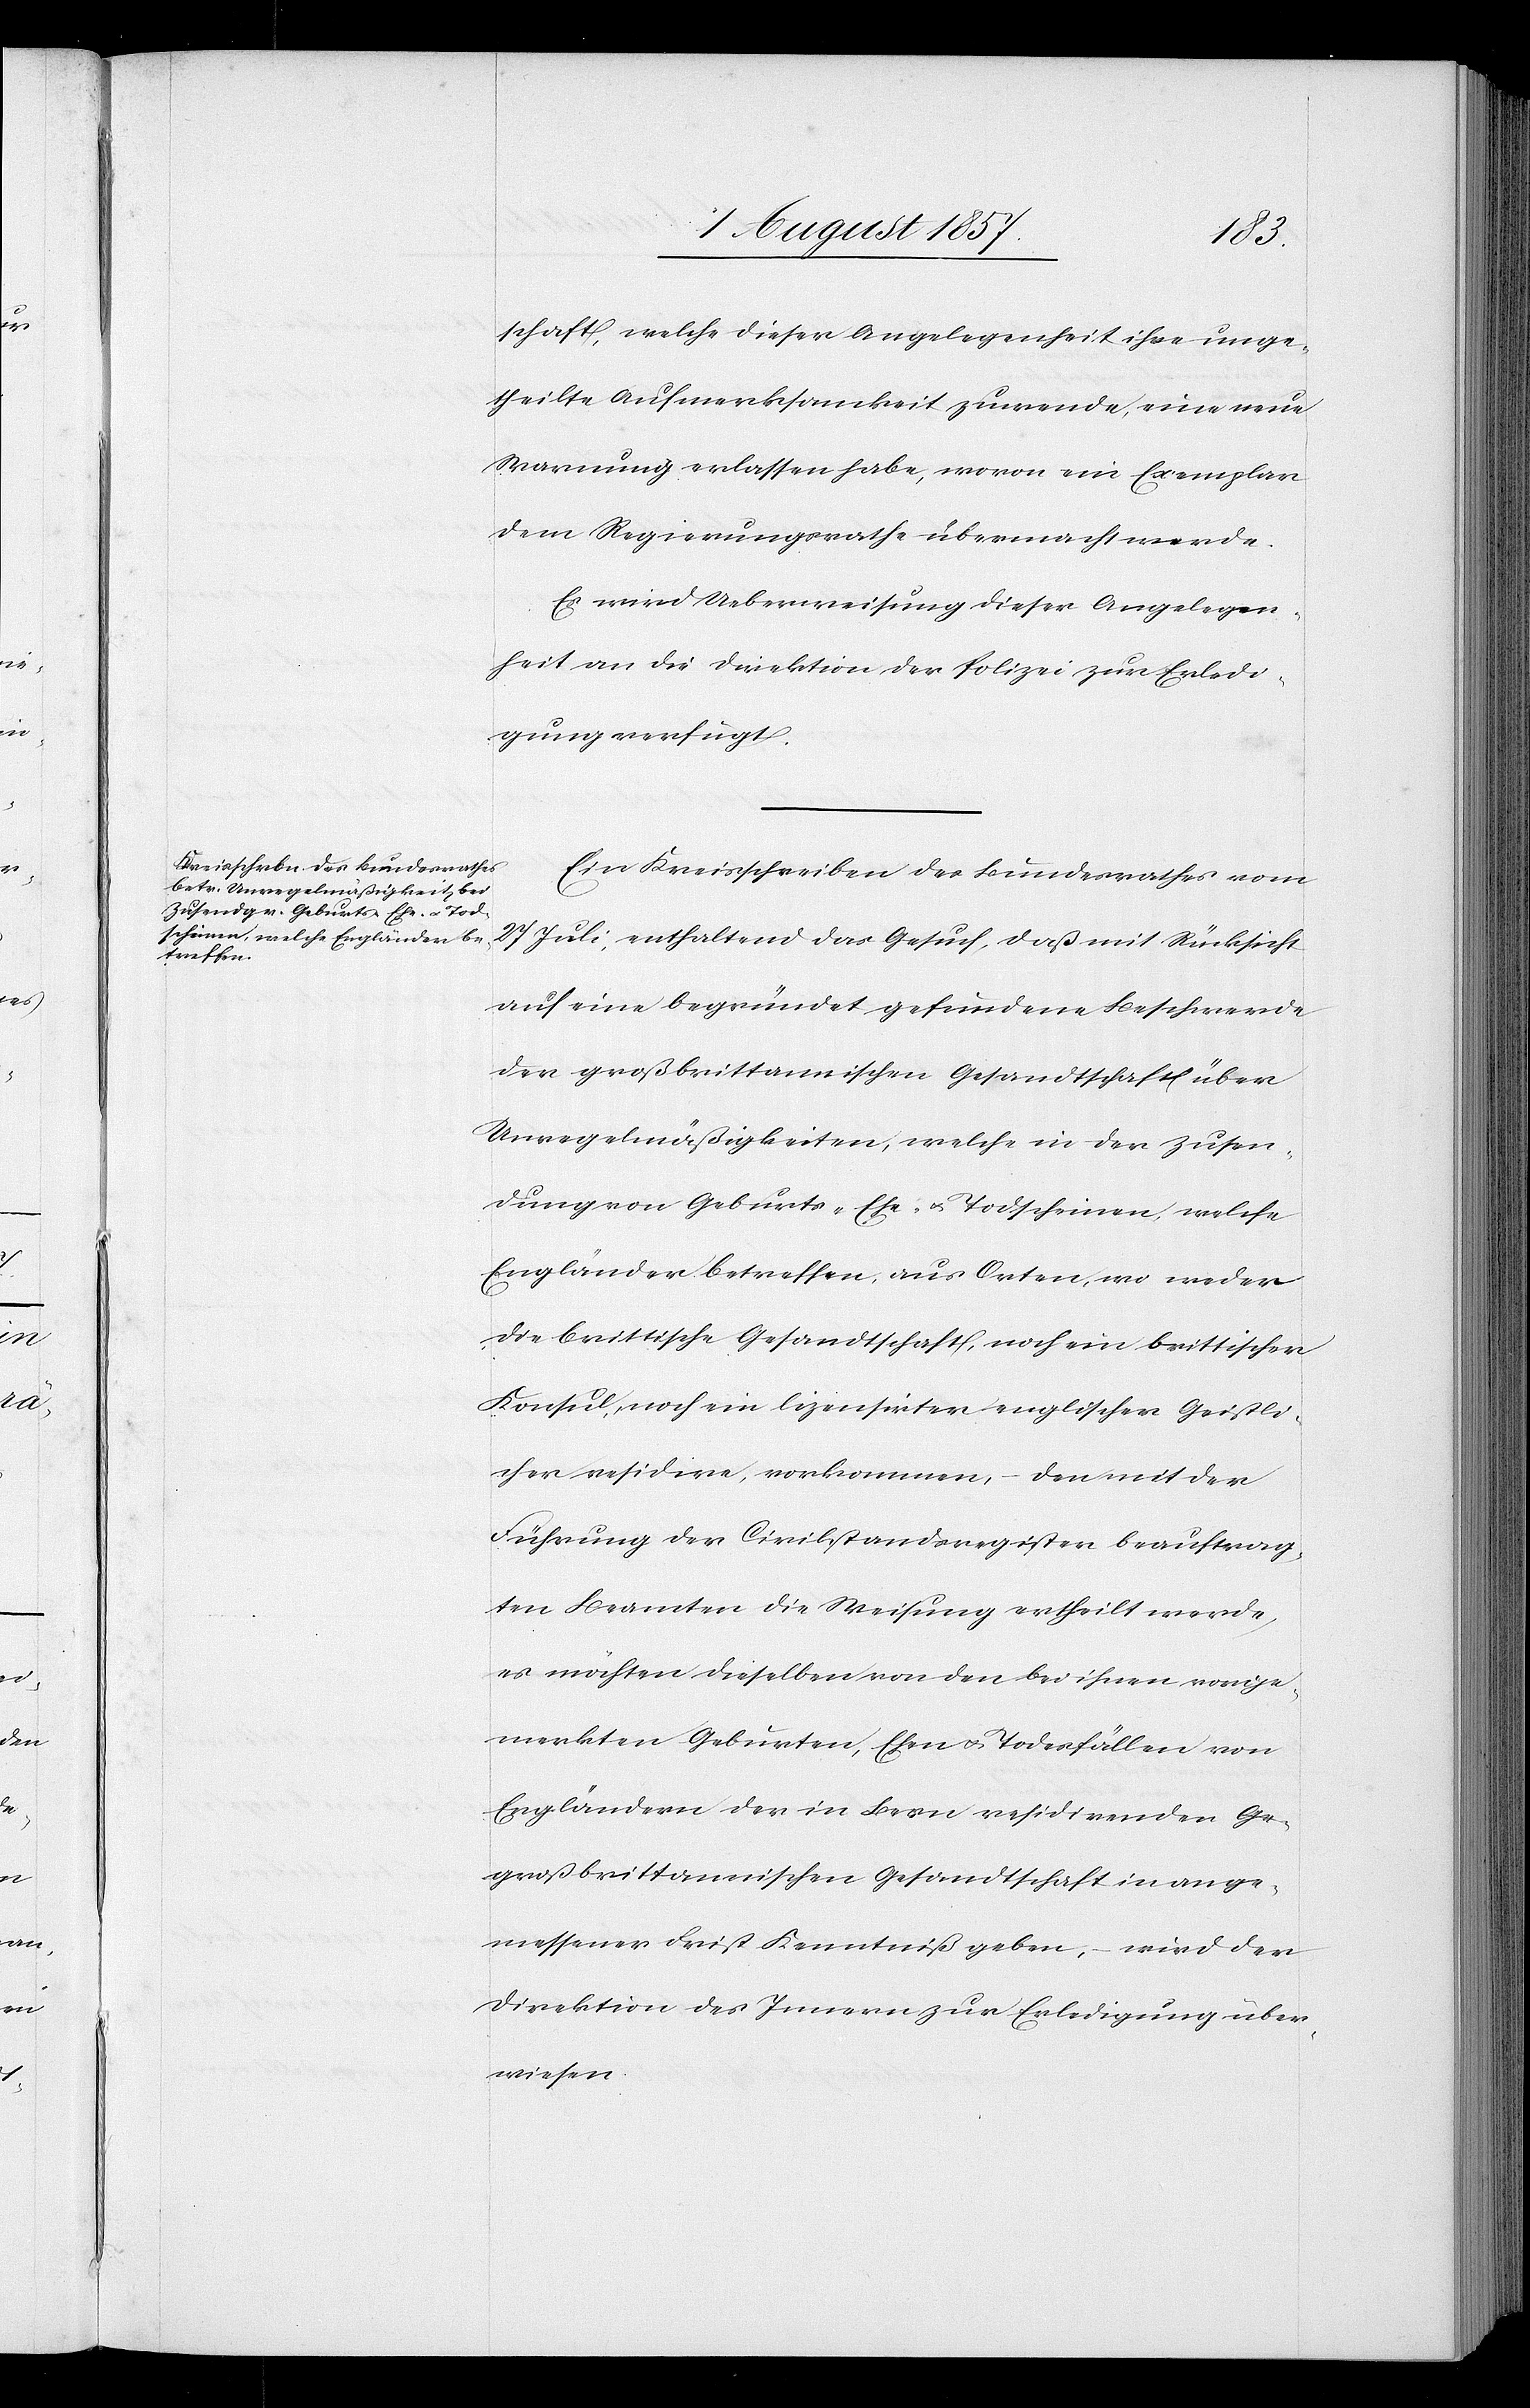
schaft, welche dieser Angelegenheit ihre unge¬
theilte Aufmerksamkeit zuwende, eine neue
Warnung erlassen habe, wovon ein Exemplar
dem Regierungsrathe übermacht werde.
Es wird Ueberweisung dieser Angelegen¬
heit an die Direktion der Polizei zur Erledi¬
gung verfügt.
Ein Kreisschreiben des Bundesrathes vom
Juli enthaltend das Gesuch, daß mit Rücksicht
27
auf eine begründet gefundene Beschwerde
der großbrittanischen Gesandtschaft über
Unregelmäßigkeiten, welche in der Zusen¬
dung von Geburts- Ehe- & Todscheinen, welche
Engländer betreffen, aus Orten, wo weder
die brittische Gesandtschaft, noch ein brittischer
Konsul, noch ein lizenzirter englischer Geistli¬
cher residire, vorkommen, – den mit der
Führung der Civilstandesregister beauftrag¬
ten Beamten die Weisung ertheilt werde,
es möchten dieselben von den bei ihnen vorge¬
merkten Geburten, Ehen & Todesfällen von
Engländern der in Bern residirenden g¬
roßbrittanischen Gesandtschaft in ange¬
messener Frist Kenntniß geben, – wird der
Direktion des Innern zur Erledigung über¬
wiesen.